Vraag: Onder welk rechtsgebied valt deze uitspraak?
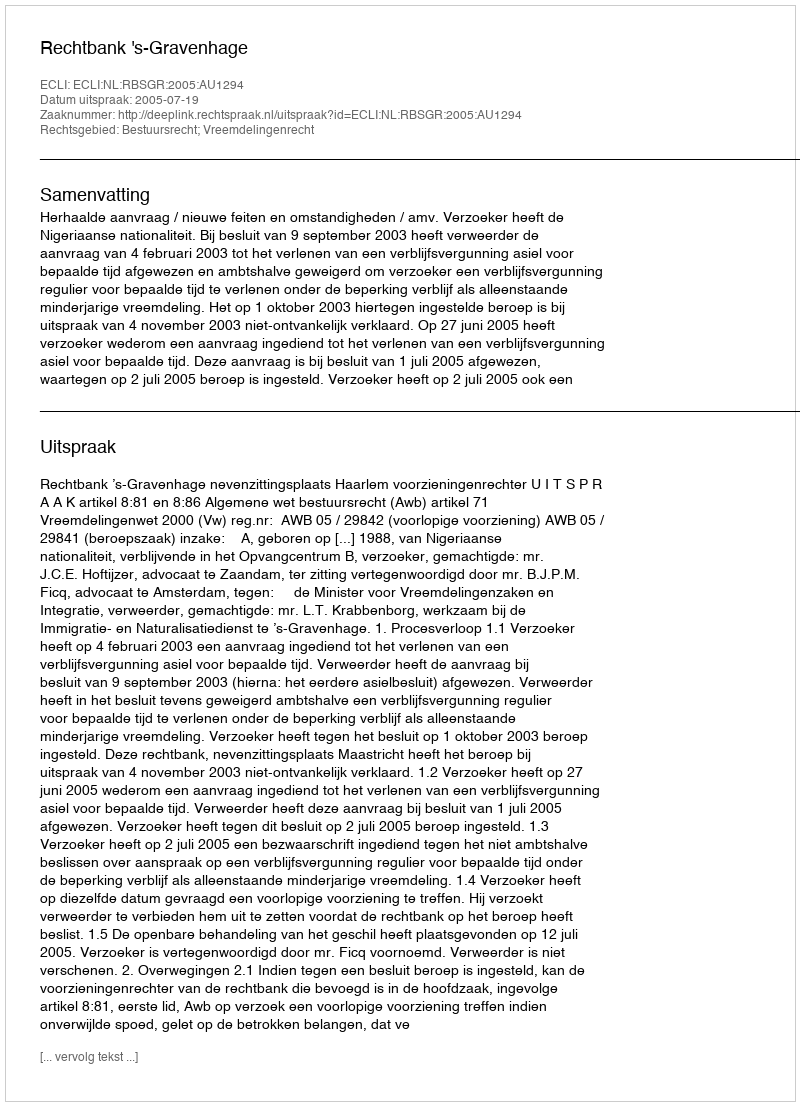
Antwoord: Bestuursrecht; Vreemdelingenrecht